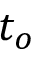
t _ { o }